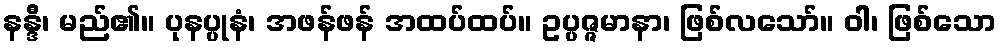
နန္ဒီ၊ မည်၏။ ပုနပ္ပုနံ၊ အဖန်ဖန် အထပ်ထပ်။ ဥပ္ပဇ္ဇမာနာ၊ ဖြစ်လသော်။ ဝါ၊ ဖြစ်သော